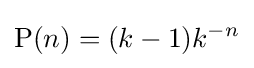
\operatorname {P} (n)=(k-1)k^{-n}